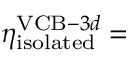
\eta _ { \mathrm { i s o l a t e d } } ^ { \mathrm { V C B - } 3 d } =